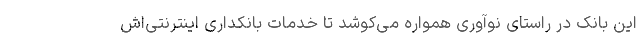
این بانک در راستای نوآوری همواره می‌کوشد تا خدمات بانکداری اینترنتی‌اش